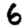
Digit: 6